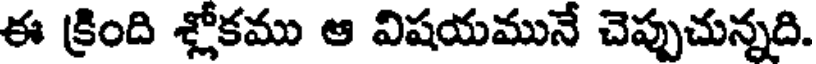
ఈ క్రింది శ్లోకము ఆ విషయమునే చెప్పుచున్నది.